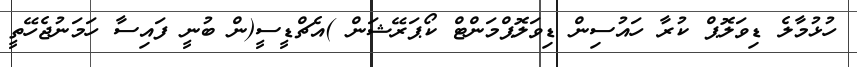
ހުޅުމާލެ ޑިވަލޮޕް ކުރާ ހައުސިން ޑިވަލޮޕްމަންޓް ކޯޕަރޭޝަން )އެޗްޑީސީ(ން ބުނީ ފައިސާ ހަމަނުޖެހޭތީ